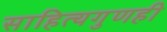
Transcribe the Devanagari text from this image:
साहित्यगुणही